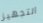
التجهيز